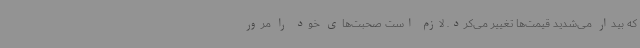
که بیدار می‌شدید قیمت‌ها تغییر می‌کرد. لازم است صحبت‌های خود را مرور